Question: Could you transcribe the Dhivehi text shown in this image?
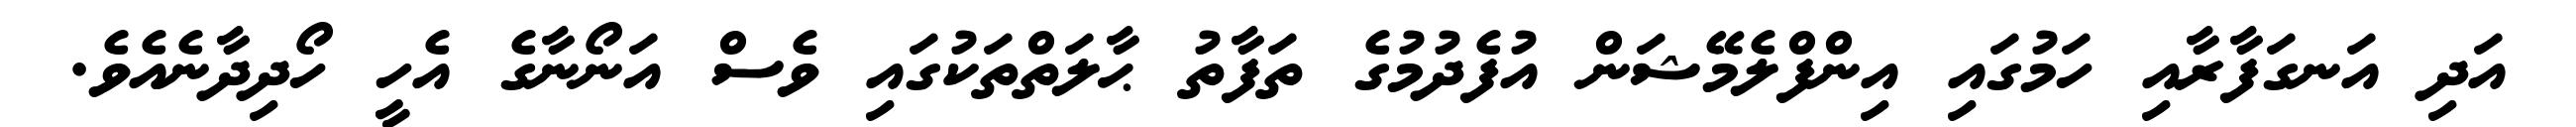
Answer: އަދި އަނގަފާރާއި ހަމުގައި އިންފްލެމޭޝަން އުފެދުމުގެ ތަފާތު ޙާލަތްތަކުގައި ވެސް އަނޯނާގެ އެހީ ހޯދިދާނެއެވެ.